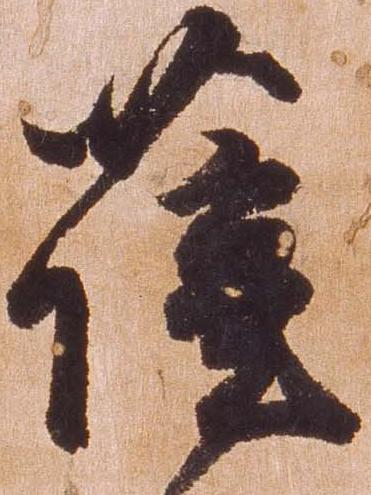
薩